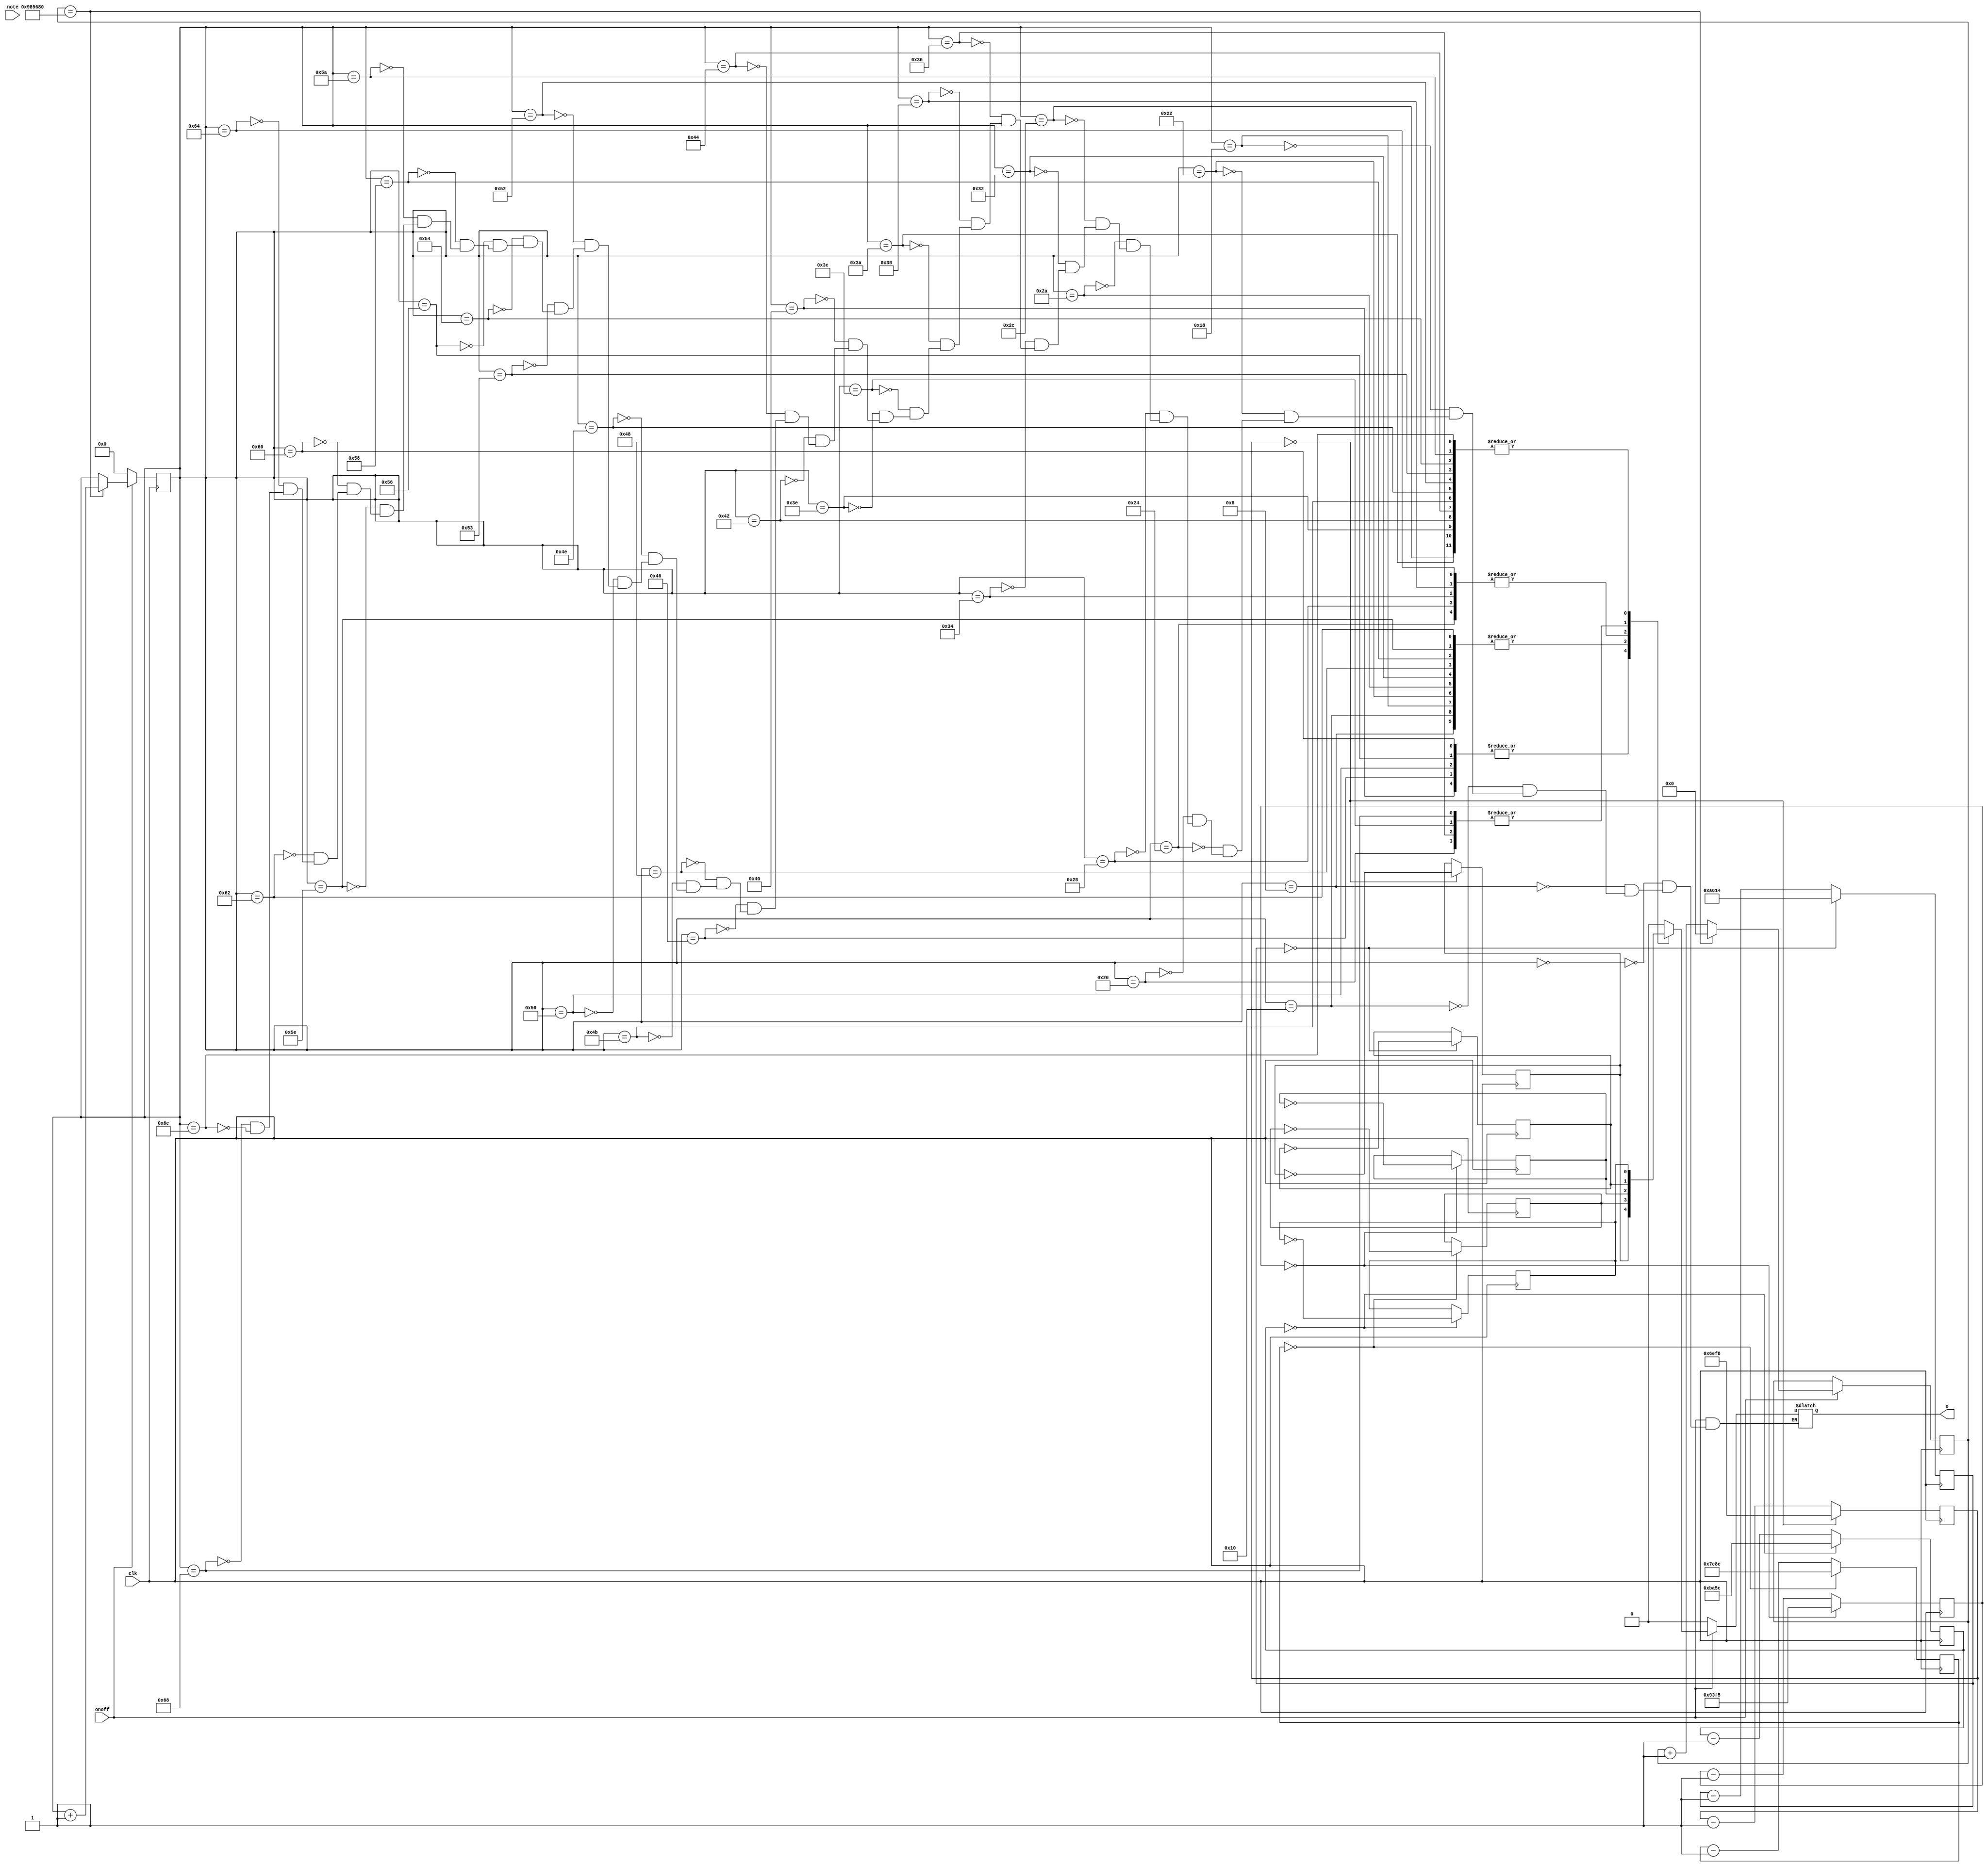
`timescale 1ns / 1ps
//////////////////////////////////////////////////////////////////////////////////
// Company: 
// Engineer: 
// 
// Design Name: 
// Module Name:    music 
// Project Name: 
// Target Devices: 
// Tool versions: 
// Description: 
//
// Dependencies: 
//
// Revision: 
// Revision 0.01 - File Created
// Additional Comments: 
//
//////////////////////////////////////////////////////////////////////////////////
module music1(
    input	clk,
	 input	onoff,
	 input [6:0] note,
	 output o
	 );
	parameter doo = (25000000/262/2);
	parameter re = (25000000/294/2);
	parameter mi = (25000000/330/2);
	parameter fa = (25000000/349/2);
	parameter sol = (25000000/392/2);
	parameter la = (25000000/440/2);
	parameter si = (25000000/494/2);
	reg s_do,s_re,s_mi,s_fa,s_sol,s_la,s_si;
	reg [31:0] cnt1,cnt2,cnt3,cnt4,cnt5,cnt6,cnt7;
	reg sp;
	assign	o = sp;

	always@(posedge clk)
	begin
	//do
	if(cnt1 == 0) cnt1 <= doo-1; else cnt1 <= cnt1-1;
	end
	always@(posedge clk) if(cnt1 == 0) s_do <= ~s_do;
	
	always@(posedge clk)
	begin
	//re
	if(cnt2 == 0) cnt2 <= re-1; else cnt2 <= cnt2-1;
	end
	always@(posedge clk) if(cnt2 == 0) s_re <= ~s_re;
	
	always@(posedge clk)
	begin
	//re
	if(cnt3 == 0) cnt3 <= mi-1; else cnt3 <= cnt3-1;
	end
	always@(posedge clk) if(cnt3 == 0) s_mi <= ~s_mi;
	
	always@(posedge clk)
	begin
	//re
	if(cnt4 == 0) cnt4 <= fa-1; else cnt4 <= cnt4-1;
	end
	always@(posedge clk) if(cnt4 == 0) s_fa <= ~s_fa;
	
	always@(posedge clk)
	begin
	//re
	if(cnt5 == 0) cnt5 <= sol-1; else cnt5 <= cnt5-1;
	end
	always@(posedge clk) if(cnt5 == 0) s_sol <= ~s_sol;
	
	always@(posedge clk)
	begin
	//re
	if(cnt6 == 0) cnt6 <= la-1; else cnt6 <= cnt6-1;
	end
	always@(posedge clk) if(cnt6 == 0) s_la <= ~s_la;
	
	always@(posedge clk)
	begin
	//re
	if(cnt7 == 0) cnt7 <= si-1; else cnt7 <= cnt7-1;
	end
	always@(posedge clk) if(cnt7 == 0) s_si <= ~s_si;
	
	reg[6:0] state = 0;
	reg sclk;
	always@(state)
		if(onoff == 0) sp<=0;
		else
			begin
				case (state)
				0 : sp <= 0;
				8 : sp<=s_sol; 
				16 : sp<=s_sol; 
				24 : sp<=s_sol; 
				34 : sp<=s_sol;
				36 : sp<=s_mi; 
				38 : sp<=s_re; 
				40 : sp<=s_mi; 
				42 : sp<=s_sol;
				44 : sp<=s_do; 
				50 : sp<=s_sol; 
				52 : sp<=s_mi; 
				54 : sp<=s_re;
				56 : sp<=s_mi; 
				58 : sp<=s_do; 
				60 : sp<=s_re; 
				62 : sp<=s_do; 
				64 : sp<=s_la; 
				66 : sp<=s_do;
				68 : sp<=s_do; 
				70 : sp<=s_la; 
				72 : sp<=s_sol; 
				75 : sp<=s_do;
				78 : sp<=s_do; 
				80 : sp<=s_la; 
				82 : sp<=s_do; 
				83 : sp<=s_do;
				84 : sp<=s_do; 
				86 : sp<=s_la; 
				88 : sp<=s_sol; 
				90 : sp<=s_do;
				94 : sp<=s_sol; 
				96 : sp<=s_la; 
				98 : sp<=s_sol; 
				100 : sp<=s_mi;
				104 : sp<=s_re; 
				108 : sp<=s_do; 
			endcase
		end
	reg [31:0] cnt;
	always@(posedge clk)
	if(onoff ==0) state <=0; else
	begin
		if(cnt == 10000000) begin state <= state+1; cnt <=0; end
		else cnt <= cnt+1;
	end
endmodule